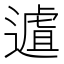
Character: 𨖆